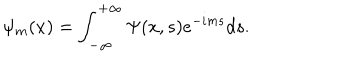
\psi _ { m } ( x ) = \int _ { - \infty } ^ { + \infty } \Psi ( x , s ) e ^ { - i m s } d s .